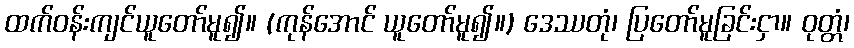
ထက်ဝန်းကျင်ယူတော်မူ၍။ (ကုန်အောင် ယူတော်မူ၍။) ဒေဿတုံ၊ ပြတော်မူခြင်းငှာ။ ဝုတ္တံ၊